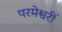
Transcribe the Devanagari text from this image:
परमेश्वरीं